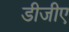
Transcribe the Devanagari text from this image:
डीजीए